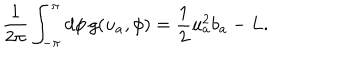
\frac { 1 } { 2 \pi } \int _ { - \pi } ^ { \pi } d \phi \, g ( u _ { a } , \phi ) = \frac { 1 } { 2 } u _ { a } ^ { 2 } b _ { a } - L .